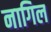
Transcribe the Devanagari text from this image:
नागिल